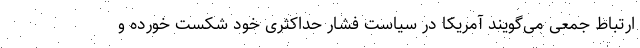
ارتباط جمعی می‌گویند آمریکا در سیاست فشار حداکثری خود شکست خورده و